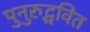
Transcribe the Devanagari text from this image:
पुनुरुद्भवित